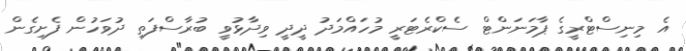
އެ މިނިސްޓްރީގެ ޕާމަނަންޓް ސެކްރެޓަރީ މުހައްމަދު ދީދީ ވިދާޅުވީ ބުރާސްފަތި ދުވަހުން ފެށިގެން